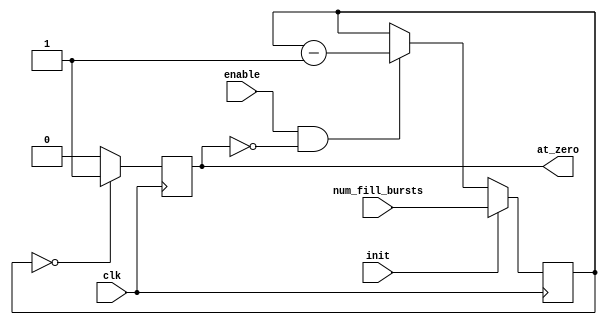
`timescale 1ns / 1ps

/////////////////////////////////////////////////////////////////////////////////
// connect a down-counter that will keep track of how many bursts have been saved
// It will be initialized when a trigger occurs.
// It will be enabled when each burst is sent out.

module adc_burst_cntr (
    // inputs
    input [22:0] num_fill_bursts,   // number of 8 (or 10) sample bursts
    input clk,
    input init,                     // initialize when triggered
    input enable,                   // will be enabled once per burst
    // outputs
    output reg at_zero              // all sample bursts have been saved
);

reg [22:0] burst_cntr;

// set the 'at_zero' flag when the count is zero
always @(posedge clk) begin
    if (burst_cntr[22:0] == 23'd0) at_zero <= 1'b1;
    else at_zero <= 1'b0;
end

// count down when enabled and not at zero
always @(posedge clk) begin
    if (init) begin
        burst_cntr[22:0] <= num_fill_bursts[22:0];
    end
   else if (enable && !at_zero) begin
        burst_cntr[22:0] <= burst_cntr[22:0] - 1;
   end
end
    
endmodule